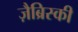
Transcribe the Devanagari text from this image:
ज़ैब्रिस्की